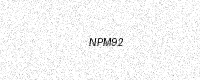
Text: NPM92